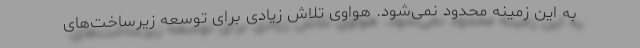
به این زمینه محدود نمی‌شود. هواوی تلاش زیادی برای توسعه زیرساخت‌های